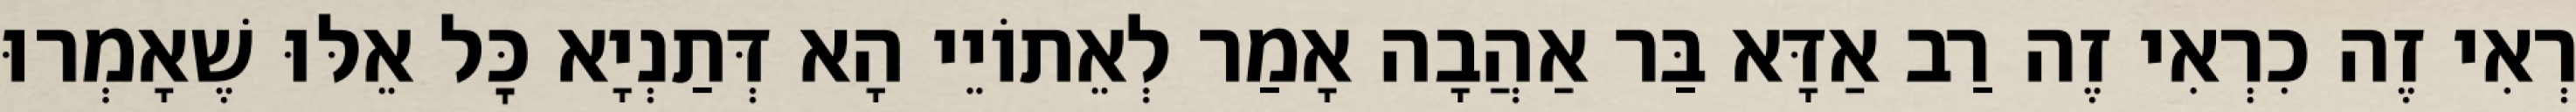
רְאִי זֶה כִרְאִי זֶה רַב אַדָּא בַּר אַהֲבָה אָמַר לְאֵתוֹיֵי הָא דְּתַנְיָא כׇּל אֵלּוּ שֶׁאָמְרוּ